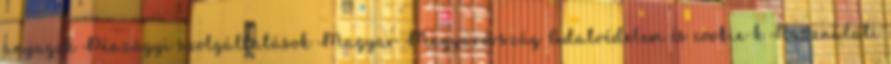
anyagok Pénzügyi szolgáltatások Magyar Magyarország Adatvédelem és cookie-k Használati